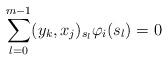
LaTeX: \begin{align*} \sum_{l=0}^{m-1} (y_k,x_j)_{s_l} \varphi_i(s_l) = 0 \end{align*}